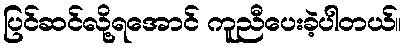
ပြင်ဆင်လို့ရအောင် ကူညီပေးခဲ့ပါတယ်။